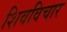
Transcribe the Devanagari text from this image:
शिवविचार